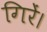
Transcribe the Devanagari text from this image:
गिरें।